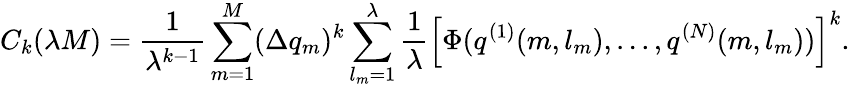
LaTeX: C_{k}(\lambda M)=\frac 1{\lambda^{k-1}}\sum_{m=1}^{M}(\Delta{q_{m}})^{k}\sum_{l_{m}=1}^{\lambda}\frac 1{\lambda}\left[\Phi(q^{(1)}(m,l_{m}),...,q^{(N)}(m,l_{m}))\right]^{k}.